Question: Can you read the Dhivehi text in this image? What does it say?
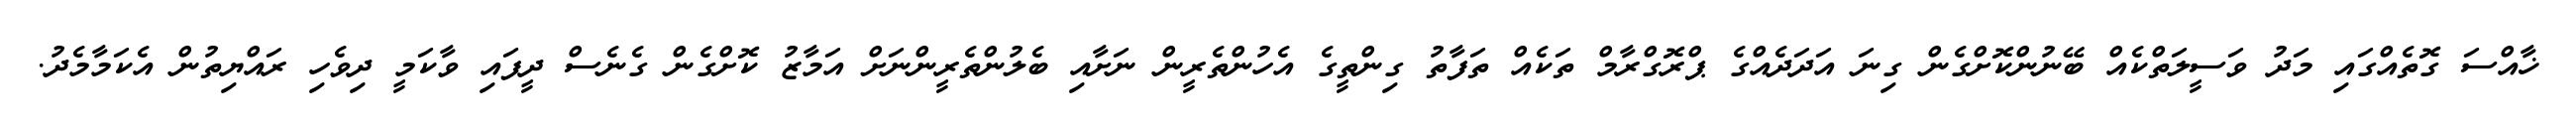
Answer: ޚާއްސަ ގޮތެއްގައި މަދު ވަސީލަތްކެއް ބޭނުންކޮށްގެން ގިނަ އަދަދެއްގެ ޕްރޮގްރާމް ތަކެއް ތަފާތު ގިންތީގެ އެހުންތެރީން ނަށާއި ބެލުންތެރީންނަށް އަމާޒު ކޮށްގެން ގެނެސް ދީފައި ވާކަމީ ދިވެހި ރައްޔިތުން އެކަމާމެދު.